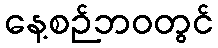
နေ့စဉ်ဘဝတွင်